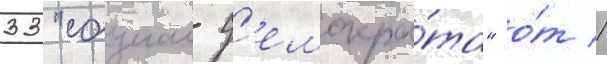
33 "социал-д'емокра́та" о́т 1